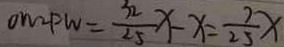
O W _ { 2 } P W = \frac { 3 2 } { 2 5 } x - x = \frac { 7 } { 2 5 } x